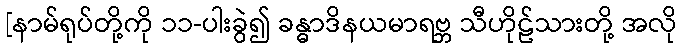
[နာမ်ရုပ်တို့ကို ၁၁-ပါးခွဲ၍ ခန္ဓာဒိနယမာရဗ္ဘ သီဟိုဠ်သားတို့ အလို